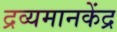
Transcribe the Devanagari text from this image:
द्रव्यमानकेंद्र